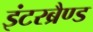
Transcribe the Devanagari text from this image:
इंटरब्रैण्ड